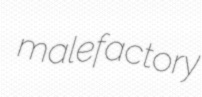
malefactory